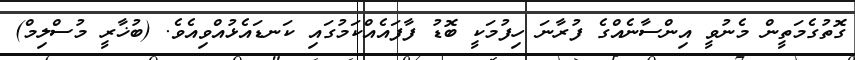
ގޮތުގެމަތީން މެނުވީ އިންސާނެއްގެ ފުރާނަ ހިފުމަކީ ބޮޑު ފާފައެއްކަމުގައި ކަނޑައެޅުއްވިއެވެ. (ބުޚާރީ މުސްލިމް)